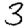
Digit: 3